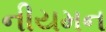
નીયમન